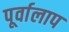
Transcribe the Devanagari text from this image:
पूर्वालाप